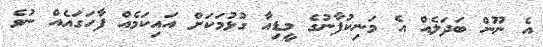
އެ ނޫން ބަދަލެއް އެ މަނިކުފާނުގެ މީޑިއާ ގުޅުމަކަށް އައިކަމެއް ފާހަގައެއް ނުވެ